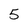
Character: 5